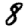
Digit: 8